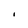
Character: I